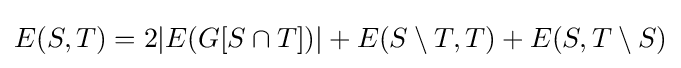
E(S,T)=2|E(G[S\cap T])|+E(S\setminus T,T)+E(S,T\setminus S)